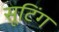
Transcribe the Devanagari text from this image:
सूटिंग